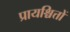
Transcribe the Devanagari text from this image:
प्रायश्चित्तों